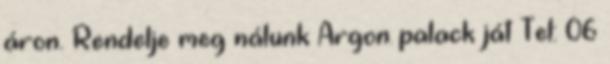
áron. Rendelje meg nálunk Argon palack ját Tel: 06